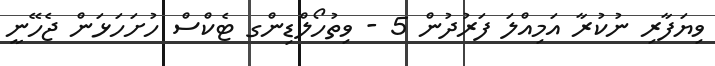
ވިޔަފާރި ނުކުރާ އަމިއްލަ ފަރުދުން 5 - ވިތުހޯލްޑިންގ ޓެކްސް ހުށަހަޅަން ޖެހޭނީ